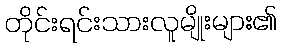
တိုင်းရင်းသားလူမျိုးများ၏